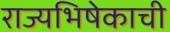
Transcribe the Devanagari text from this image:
राज्यभिषेकाची